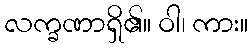
လက္ခဏာရှိ၏။ ဝါ၊ ကား။